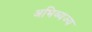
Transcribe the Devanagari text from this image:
अभिव्यज्य